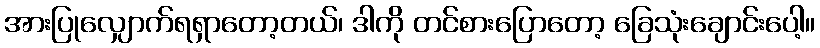
အားပြုလျှောက်ရရှာတော့တယ်၊ ဒါကို တင်စားပြောတော့ ခြေသုံးချောင်းပေါ့။